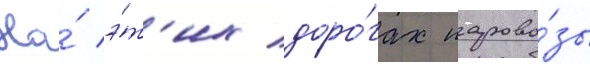
На́ э́т'их доро́гах парово́зы